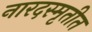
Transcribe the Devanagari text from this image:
नारदस्मृतीत